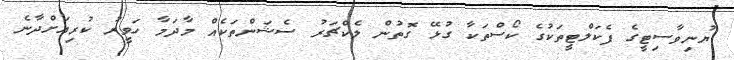
ޔުނިވާސިޓީގެ ފެކަލްޓީތަކުގެ ކޯސްތަކާ ގުޅޭ ގޮތުން ލެކްޗަރު ސެޝަންތަކެއް މާދަމާ ހަވީރު ކުރިއަށްދާނެ